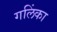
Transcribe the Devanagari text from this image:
गलिंका